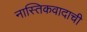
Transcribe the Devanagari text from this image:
नास्तिकवादाची